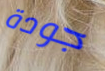
جودة